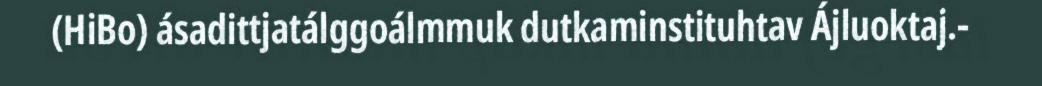
(HiBo) ásadittjatálggoálmmuk dutkaminstituhtav Ájluoktaj.-